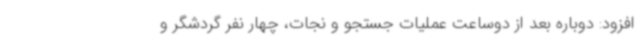
افزود: دوباره بعد از دوساعت عملیات جستجو و نجات، چهار نفر گردشگر و